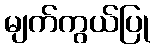
မျက်ကွယ်ပြု